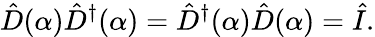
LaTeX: \hat{D}(\alpha)\hat{D}^{\dagger}(\alpha)=\hat{D}^{\dagger}(\alpha)\hat{D}(\alpha)=\hat{I}.